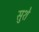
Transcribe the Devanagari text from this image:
सुशे